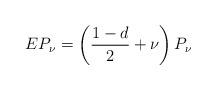
LaTeX: \begin{align*} E P_{\nu}=\left(\frac{1-d}{2}+\nu \right)P_{\nu}\end{align*}